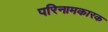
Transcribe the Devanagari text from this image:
परिनामकारक